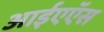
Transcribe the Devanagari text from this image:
आईएऍस